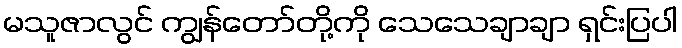
မသူဇာလွင် ကျွန်တော်တို့ကို သေသေချာချာ ရှင်းပြပါ